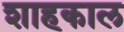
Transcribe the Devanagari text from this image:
शाहकाल